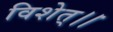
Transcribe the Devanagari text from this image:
विशेत्।।